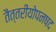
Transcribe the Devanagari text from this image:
तैत्तरीयोपनषद